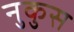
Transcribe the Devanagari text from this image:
नुकुस